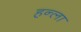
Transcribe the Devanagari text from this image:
हन्ला